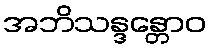
အဘိသန္ဒန္တောဝ